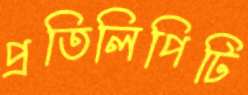
প্রতিলিপিটি